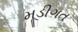
મૂડીગત